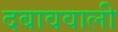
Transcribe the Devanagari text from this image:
दबाववाली